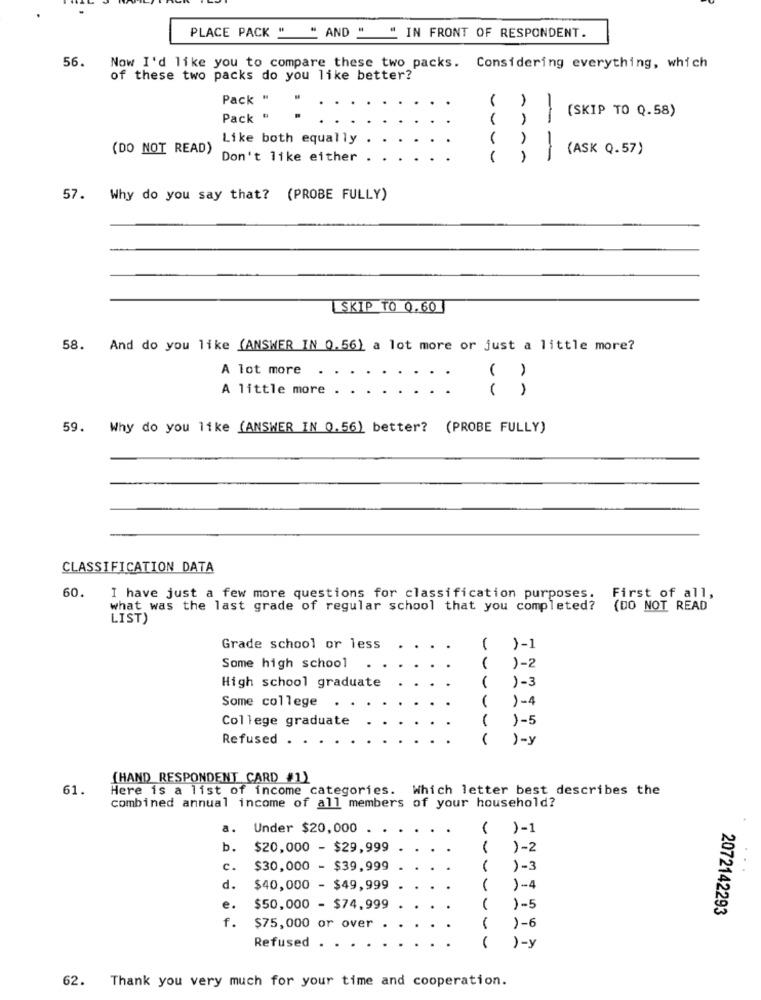
PLACE PACK " " AND " " IN FRONT OF RESPONDENT.
56.
Now I'd like you to compare these two packs. Considering everything, which
of these two packs do you like better?
Pack "
(SKIP TO 0.58)
Pack "
-
Like both equally
(DO NOT READ)
(ASK Q.57)
Don't like either
--
57.
Why do you say that? (PROBE FULLY)
SKIP TO 0.60
58. And do you like (ANSWER IN 0.56) a lot more or just a little more?
A lot more
A little more
( )
59. Why do you like (ANSWER IN 0.56) better? (PROBE FULLY)
CLASSIFICATION DATA
60.
I have just a few more questions for classification purposes.
First of all,
what was the last grade of regular school that you completed?
(DO NOT READ
LIST)
Grade school or less
( )-1
Some high school
)-2
)-3
High school graduate
Some college
)-4
College graduate
)-5
Refused . .
)-y
[HAND RESPONDENT CARD #1)
61.
Here is a list of income categories. Which letter best describes the
combined annual income of all members of your household?
a. Under $20,000 .
)-1
b.
$20,000 - $29,999
)-2
c.
$30,000 - $39,999
)-3
d.
$40,000 - $49,999
)-4
e.
$50,000 - $74,999
1-5
2072142293
f.
$75,000 or over
)-6
Refused
1-
62. Thank you very much for your time and cooperation.